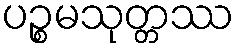
ပဉ္စမသုတ္တဿ